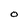
Character: O